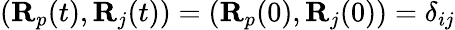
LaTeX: ({\mathbf R}_{p}(t),{\mathbf R}_{j}(t))=({\mathbf R}_{p}(0),{\mathbf R}_{j}(0))=\delta_{ij}